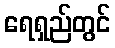
ရေရှည်တွင်